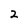
Character: 2